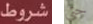
شروط حتى